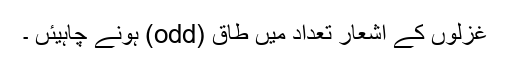
غزلوں کے اشعار تعداد میں طاق (odd) ہونے چاہیئں ۔